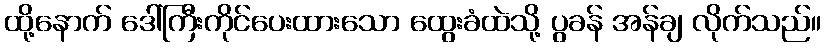
ထို့နောက် ဒေါ်ကြီးကိုင်ပေးထားသော ထွေးခံထဲသို့ ပွခန် အန်ချ လိုက်သည်။